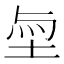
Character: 𡋬